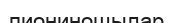
пиониношылар